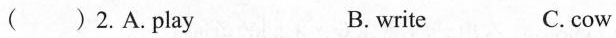
( ) 2.A.play B. write C.cow